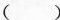
( )